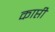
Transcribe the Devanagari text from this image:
काप्ती